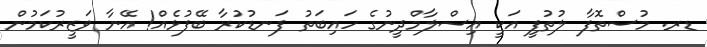
ޑރ. މުސްތޮފާ ލުތުފީ އަކީ އިސްލާމްދީނުގެ ހައިބަތު ފަނޑުކުރާ ބޭފުޅެއް! އޭނާ ވަޒީރުކަމުން